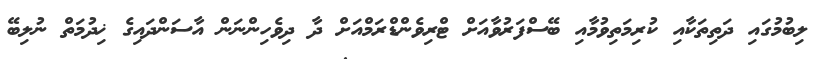
ލިބުމުގައި ދަތިތަކާއި ކުރިމަތިވުމާއި ބޭސްފަރުވާއަށް ޓްރިވެންޑްރަމްއަށް ދާ ދިވެހިންނަން އާސަންދައިގެ ޚިދުމަތް ނުލިބޭ